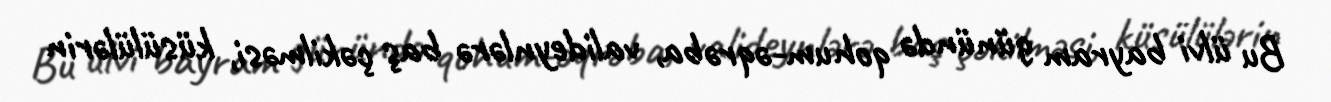
Bu ülvi bayram günündə qohum-əqrəba, valideynlərə baş çəkilməsi, küsülülərin